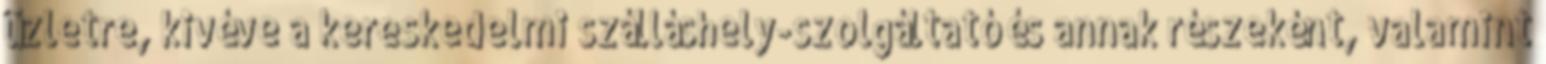
üzletre, kivéve a kereskedelmi szálláshely-szolgáltató és annak részeként, valamint